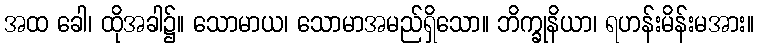
အထ ခေါ၊ ထိုအခါ၌။ သောမာယ၊ သောမာအမည်ရှိသော။ ဘိက္ခုနိယာ၊ ရဟန်းမိန်းမအား။